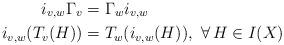
LaTeX: \begin{align*}i_{v,w}\Gamma_v&=\Gamma_w i_{v,w}\\i_{v,w}(T_v(H))&=T_w(i_{v,w}(H)),\,\,\forall\,H\in I(X) \end{align*}